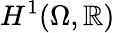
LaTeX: H^{1}(\Omega,\mathbb{R})